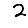
Digit: 2